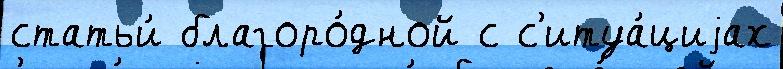
статьи́ благоро́дной с с'итуа́циjах